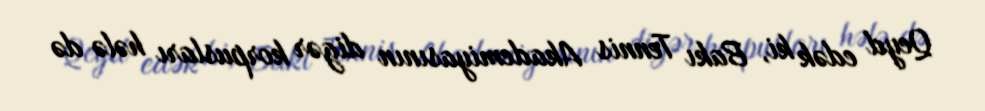
Qeyd edək ki, Bakı Tennis Akademiyasının digər korpusları hələ də